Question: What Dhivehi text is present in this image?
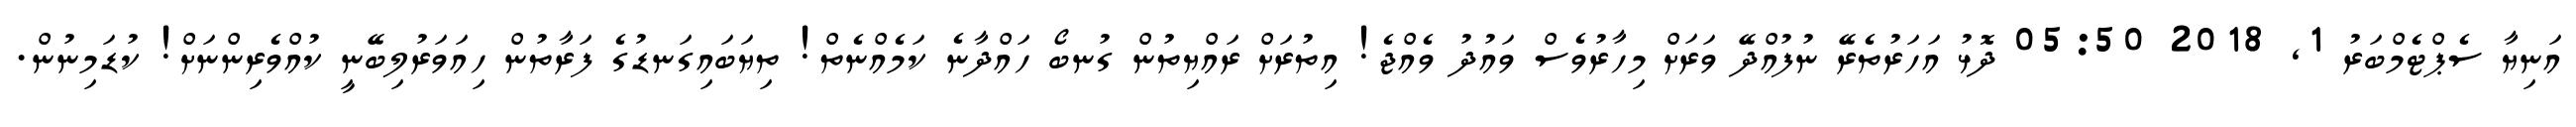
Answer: އަނިޔާ ސެޕްޓެމްބަރު 1, 2018 05:50 ދޮޅު އަހަރުތެރޭ ނުފުއްދޭ ވަރަށް މިހާރުވެސް ވައުދު ވެއްޖެ! އިތުރަށް ރައްޔިތުން ގުނބޯ ހައްދާނެ ކަމެއްނެތް! ތިޔަބައިގަނޑުގެ ފަރާތުން ހިއަވަރުލިބޭނީ ކުއްވެރިންނަށް! ކުޑަމިނުން.